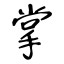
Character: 掌